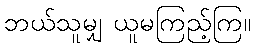
ဘယ်သူမျှ ယူမကြည့်ကြ။